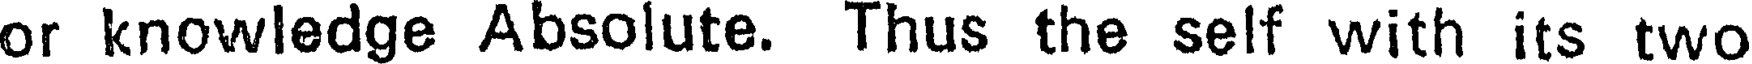
or knowledge Absolute. Thus the self with its two